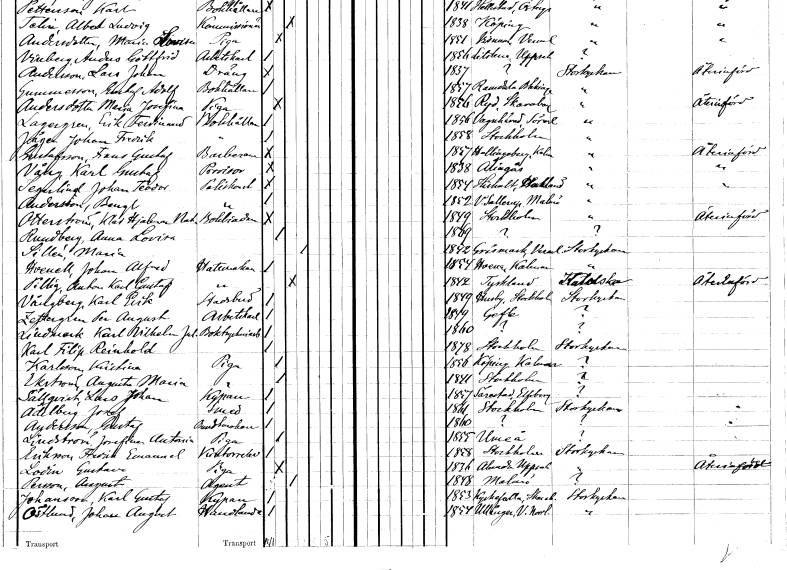
gt_parse: households: individuals: FN: Frans Gustaf
EN: Gustafsson
YRKE: Barberare
KON: M
CIV: O
FODAR: 1857
FODFORS: Hallingeberg Kalmar län
FN: Karl Gustaf
EN: Vång
YRKE: Provisor
KON: M
CIV: O
FODAR: 1838
FODFORS: Alingsås Älvsborgs län
FN: Johan Teodor
EN: Segerlind
YRKE: Poliskonstapel
KON: M
CIV: O
FODAR: 1854
FODFORS: Hishult Hallands län
FN: Bengt
EN: Andersson
YRKE: Poliskonstapel
KON: M
CIV: O
FODAR: 1852
FODFORS: Västra Sallerup Malmöhus län
FN: Klas Hjalmar Natanael
EN: Otterström
YRKE: Bokhållare
KON: M
CIV: O
FODAR: 1849
FODFORS: Stockholm
FN: Anna Lovisa
EN: Rundberg
KON: K
CIV: O
FODAR: 1869
FN: Maria
EN: Sillén
KON: K
CIV: G
FODAR: 1842
FODFORS: Gräsmark Värmlands län
FN: Johan Alfred
EN: Hvenell
YRKE: Hattmakare
KON: M
CIV: O
FODAR: 1854
FODFORS: Vena Kalmar län
FN: Anders Karl Gustaf
EN: Pillig
YRKE: Hattmakare
KON: M
CIV: G
FODAR: 1842
FN: Karl Erik
EN: Vängberg
YRKE: Stadsbud
KON: M
CIV: O
FODAR: 1849
FODFORS: Husby Stockholms län
FN: Per August
EN: Zettergren
YRKE: Arbetskarl
KON: M
CIV: O
FODAR: 1849
FODFORS: Gävle Gävleborgs län
FN: Karl Vilhelm
EN: Lindmark
YRKE: Boktryckeriarbetare
KON: M
CIV: O
FODAR: 1860
FN: Karl Filip Reinhold
KON: M
CIV: O
FODAR: 1878
FODFORS: Stockholm
FN: Kristina
EN: Karlsson
YRKE: Piga
KON: K
CIV: O
FODAR: 1856
FODFORS: Köping Kalmar län
FN: Augusta Maria
EN: Ekström
YRKE: Piga
KON: K
CIV: O
FODAR: 1841
FODFORS: Stockholm
FN: Lars Johan
EN: Sällqvist
YRKE: Kypare
KON: M
CIV: O
FODAR: 1857
FODFORS: Särestad Skaraborgs län
FN: Josef
EN: Adelberg
YRKE: Smed
KON: M
CIV: O
FODAR: 1861
FODFORS: Stockholm
FN: Gustaf
EN: Andersson
YRKE: Buntmakare
KON: M
CIV: O
FODAR: 1860
FN: Josefina Antonia
EN: Lindström
YRKE: Piga
KON: K
CIV: O
FODAR: 1855
FODFORS: Umeå Västerbottens län
FN: Fredrik Emanuel
EN: Eriksson
YRKE: Kontorselev
KON: M
CIV: O
FODAR: 1858
FODFORS: Stockholm
FN: Gustava
EN: Lodin
YRKE: Piga
KON: K
CIV: O
FODAR: 1836
FODFORS: Alunda Uppsala län
FN: August
EN: Persson
YRKE: Agent
KON: M
CIV: G
FODAR: 1848
FODFORS: Malmö Malmöhus län
FN: Karl Gustaf
EN: Johansson
YRKE: Kypare
KON: M
CIV: O
FODAR: 1853
FODFORS: Kyrkefalla Skaraborgs län
FN: Johan August
EN: Östlund
YRKE: Handlande
KON: M
CIV: O
FODAR: 1854
FODFORS: Ullånger Västernorrlands län